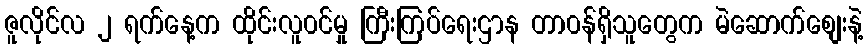
ဇူလိုင်လ ၂ ရက်နေ့က ထိုင်းလူ၀င်မှု ကြီးကြပ်ရေးဌာန တာ၀န်ရှိသူတွေက မဲဆောက်စျေးနဲ့